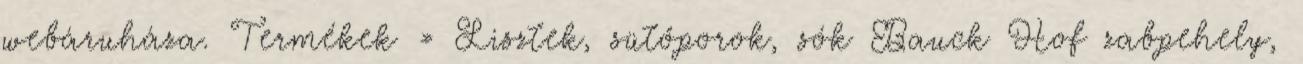
webáruháza. Termékek » Lisztek, sütőporok, sók Bauck Hof zabpehely,